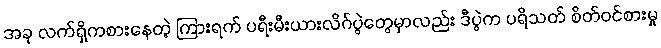
အခု လက်ရှိကစားနေတဲ့ ကြားရက် ပရီးမီးယားလိဂ်ပွဲတွေမှာလည်း ဒီပွဲက ပရိသတ် စိတ်ဝင်စားမှု